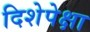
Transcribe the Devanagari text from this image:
दिशेपेक्षा